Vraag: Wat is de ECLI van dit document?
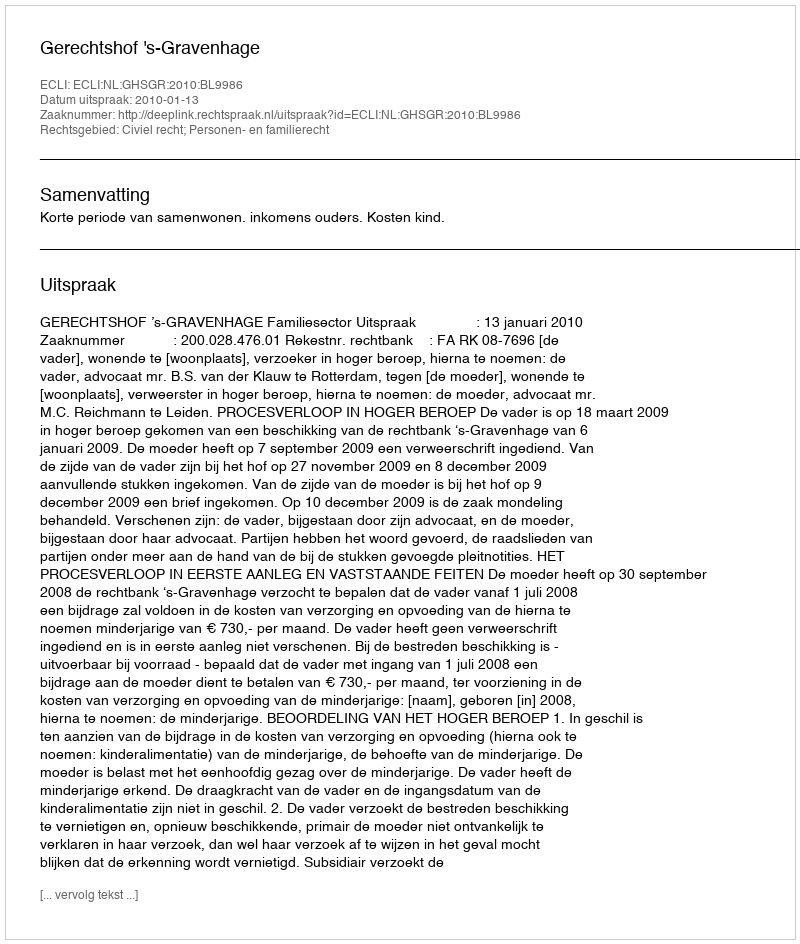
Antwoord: ECLI:NL:GHSGR:2010:BL9986